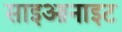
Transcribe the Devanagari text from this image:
साइआनाइट